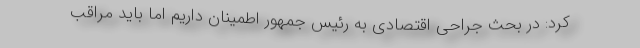
کرد: در بحث جراحی اقتصادی به رئیس جمهور اطمینان داریم اما باید مراقب